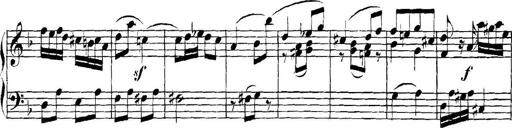
Title: Collected Piano Sonatas
Composer: Muzio Clementi